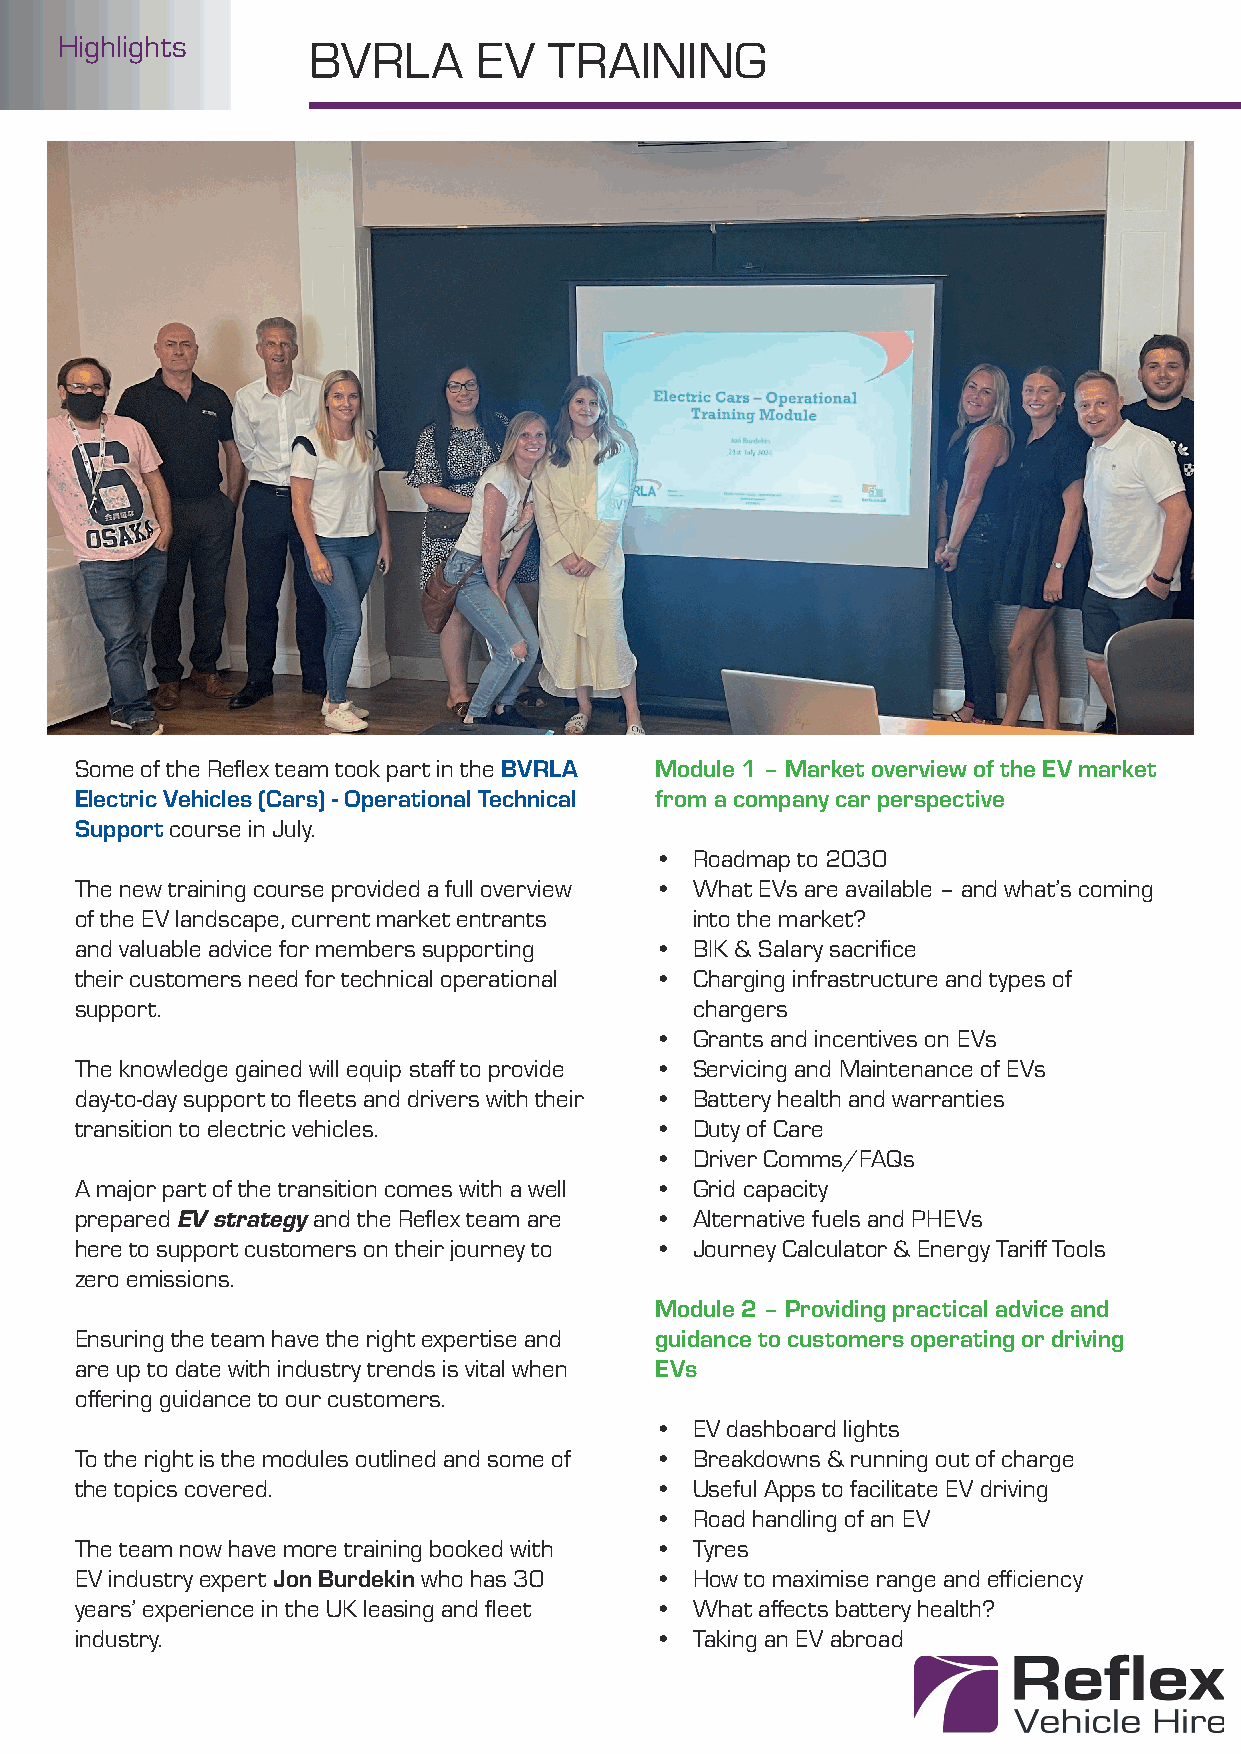
Highlights      BVRLA       EV  TRAINING
 Some of the Refl ex team took part in the BVRLA Module 1 – Market overview of the EV market
 Electric Vehicles (Cars) - Operational Technical from a company car perspective
 Support course in July.
 •  Roadmap to 2030
 The new training course provided a full overview • What EVs are available – and what’s coming
 of the EV landscape, current market entrants into the market?
 and valuable advice for members supporting • BIK & Salary sacrifi ce
 their customers need for technical operational • Charging infrastructure and types of
 support.                                 chargers
 •  Grants and incentives on EVs
 The knowledge gained will equip staff to provide • Servicing and Maintenance of EVs
 day-to-day support to fl eets and drivers with their • Battery health and warranties
 transition to electric vehicles.      •  Duty of Care
 •  Driver Comms/FAQs
 A major part of the transition comes with a well • Grid capacity
 prepared EV strategy and the Refl ex team are • Alternative fuels and PHEVs
 here to support customers on their journey to • Journey Calculator & Energy Tariff Tools
 zero emissions.
 Module 2 – Providing practical advice and
 Ensuring the team have the right expertise and guidance to customers operating or driving
 are up to date with industry trends is vital when EVs
 off ering guidance to our customers.
 •  EV dashboard lights
 To the right is the modules outlined and some of • Breakdowns & running out of charge
 the topics covered.                   •  Useful Apps to facilitate EV driving
 •  Road handling of an EV
 The team now have more training booked with • Tyres
 EV industry expert Jon Burdekin who has 30 • How to maximise range and effi ciency
 years’ experience in the UK leasing and fl eet • What aff ects battery health?
 industry.                             •  Taking an EV abroad